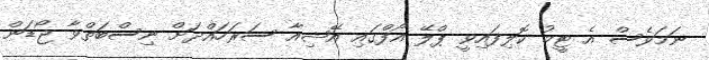
ނަމަވެސް އެ ޓީމު ކޮލިފައިވީ ޕްލޭ އޯފްގައި އޭޝިއާ ސަރަހައްދަށް ނިސްބަތްވާ ޖޯޑަން